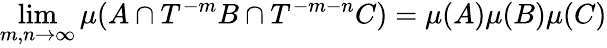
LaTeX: \operatorname*{lim}_{m,n\to\infty}\mu(A\cap T^{-m}B\cap T^{-m-n}C)=\mu(A)\mu(B)\mu(C)